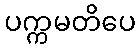
ပက္ကမတိပေ